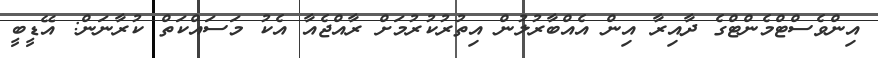
އިންވެސްޓްމެންޓްގެ ދާއިރާ އިން އެއްބާރުލުން އިތުރުކުރުމަށް ރާއްޖެއާ އެކު މަސައްކަތް ކުރާނަން: އޭޑީބީ